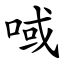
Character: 㖪